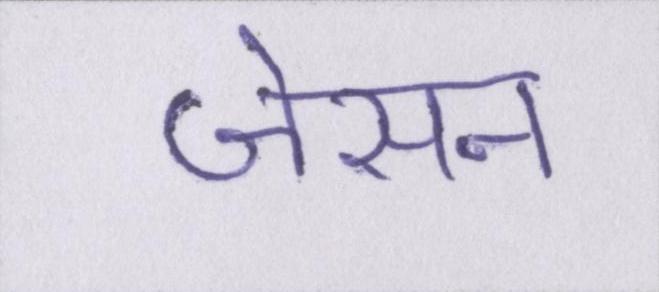
जेसन